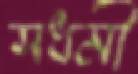
সধর্মী